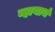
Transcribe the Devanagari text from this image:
व्हायाचं